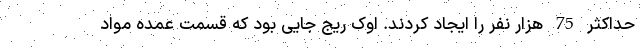
حداکثر 75 هزار نفر را ایجاد کردند. اوک ریج جایی بود که قسمت عمده مواد